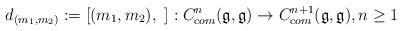
LaTeX: \begin{align*}d_{(m_1, m_2)} := [ (m_1, m_2), ~ ] : C^n_{com} (\mathfrak{g}, \mathfrak{g}) \rightarrow C^{n+1}_{com} (\mathfrak{g}, \mathfrak{g}), n \geq 1\end{align*}